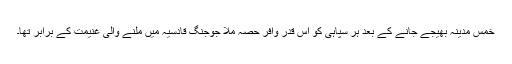
خمس مدینہ بھیجے جانے کے بعد ہر سپاہی کو اس قدر وافر حصہ ملا جوجنگ قادسیہ میں ملنے والی غنیمت کے برابر تھا۔